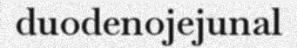
duodenojejunal